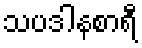
သပဒါနစာရီ